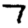
Digit: 7